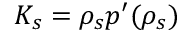
K _ { s } = \rho _ { s } p ^ { \prime } ( \rho _ { s } )